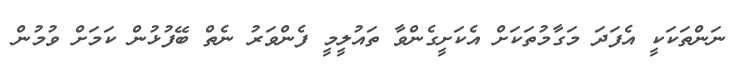
ނަންތަކަކީ އެފަދަ މަގާމުތަކަށް އެކަށީގެންވާ ތައުލީމީ ފެންވަރު ނެތް ބޭފުޅުން ކަމަށް ވުމުން